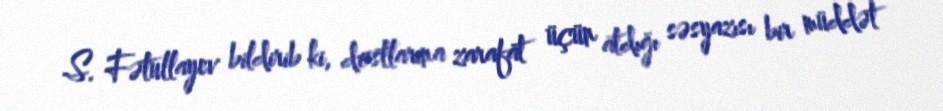
S. Fətullayev bildirib ki, dostlarına zarafat üçün atdığı səsyazısı bir müddət